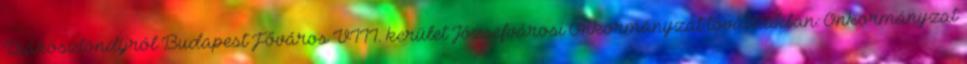
Diákösztöndíjról Budapest Főváros VIII. kerület Józsefvárosi Önkormányzat továbbiakban: Önkormányzat